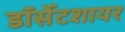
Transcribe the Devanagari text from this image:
डॉर्सेटशायर